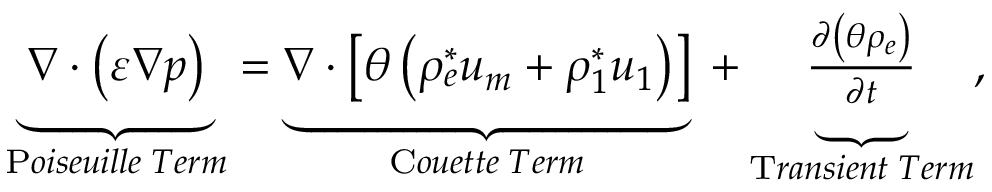
\begin{array} { r } { \underbrace { \boldsymbol { \nabla } \cdot \left( { \varepsilon } \boldsymbol { \nabla } p \right) } _ { \mathrm { P } o i s e u i l l e \; T e r m } = \underbrace { \boldsymbol { \nabla } \cdot \left[ \theta \left( { \rho _ { e } ^ { * } } \boldsymbol { u _ { m } } + { \rho _ { 1 } ^ { * } } \boldsymbol { u _ { 1 } } \right) \right] } _ { \mathrm { C } o u e t t e \; T e r m } \; + \underbrace { \frac { \partial \left( \theta \rho _ { e } \right) } { \partial t } } _ { \mathrm { T } r a n s i e n t \; T e r m } , } \end{array}